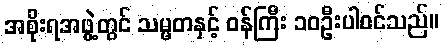
အစိုးရအဖွဲ့တွင် သမ္မတနှင့် ဝန်ကြီး ၁၀ဦးပါဝင်သည်။